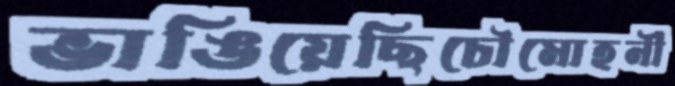
ভাঙিয়েছিচৌমোহনী